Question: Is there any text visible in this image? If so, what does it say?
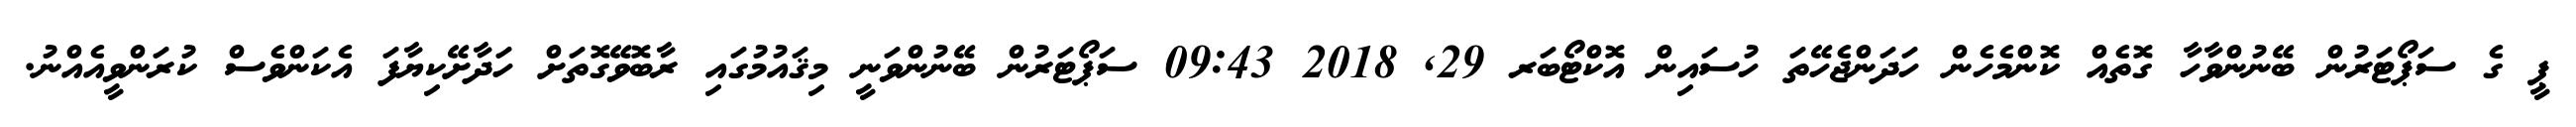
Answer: ޕީ ގެ ސަޕޯޓަރުން ބޭނުންވާހާ ގޮތެއް ކޮންމެހެން ހަދަންޖެހޭތަ ހުސައިން އޮކްޓޯބަރ 29, 2018 09:43 ސަޕޯޓަރުން ބޭނުންވަނީ މިޤައުމުގައި ރާބޮވޭގޮތަށް ހަދާށޭކިޔާފަ އެކަންވެސް ކުރަންވީއެއްނު.